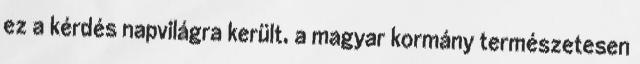
ez a kérdés napvilágra került, a magyar kormány természetesen